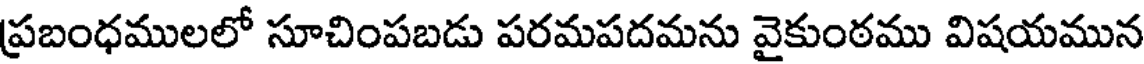
ప్రబంధములలో సూచింపబడు పరమపదమను వైకుంఠము విషయమున